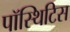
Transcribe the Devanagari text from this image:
पॉस्थिटिस